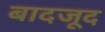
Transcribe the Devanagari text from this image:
बादजूद